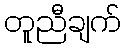
တူညီချက်